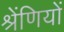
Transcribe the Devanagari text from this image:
श्रेंणियों